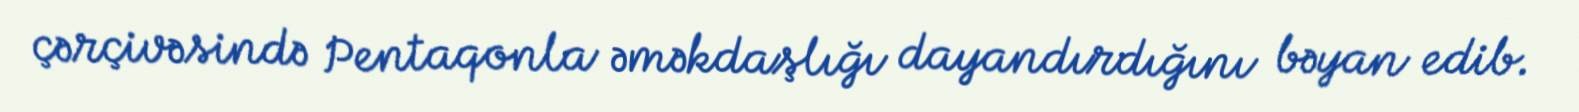
çərçivəsində Pentaqonla əməkdaşlığı dayandırdığını bəyan edib.